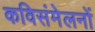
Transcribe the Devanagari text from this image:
कविसंमेलनों